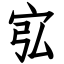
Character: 宖